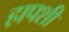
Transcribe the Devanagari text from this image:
हापशी